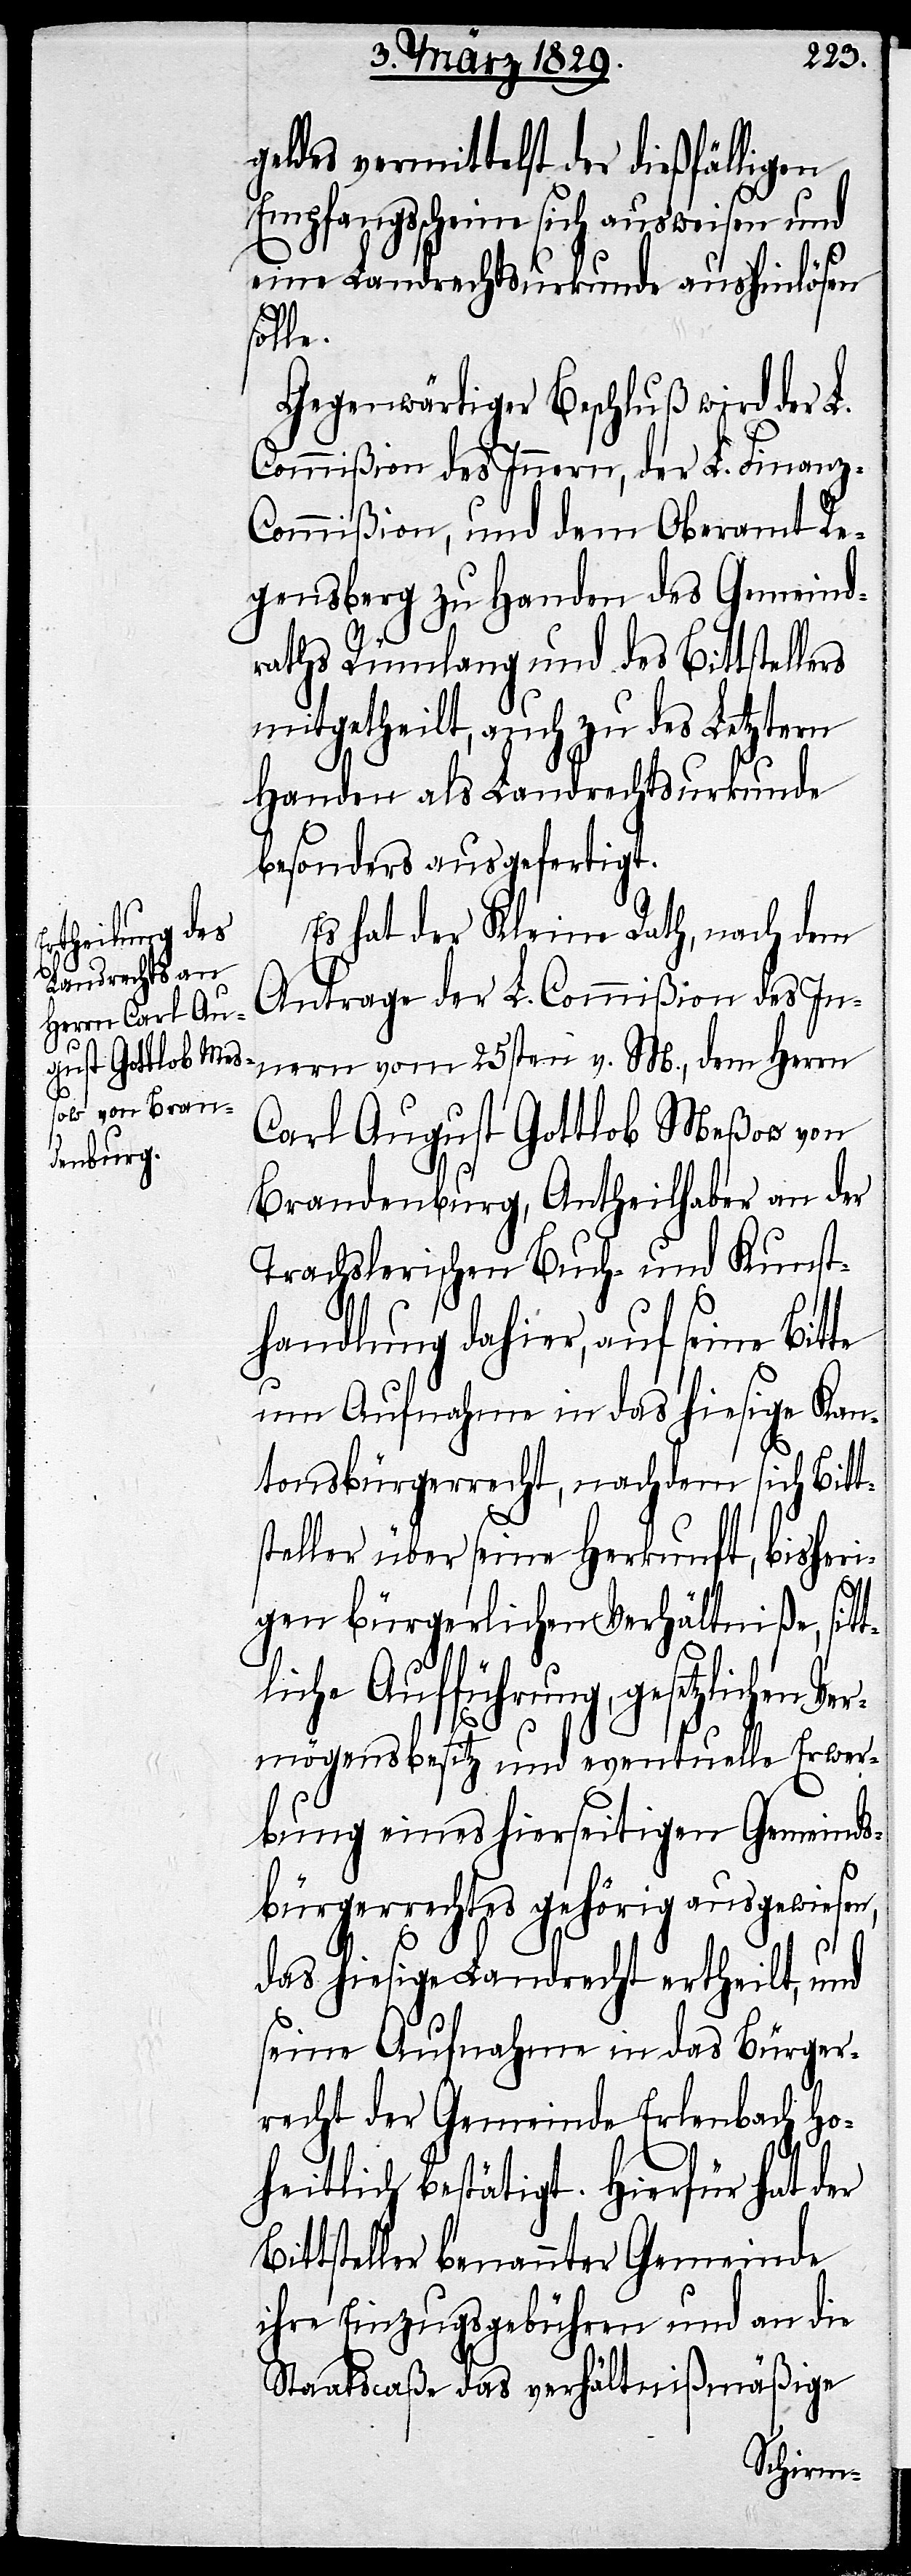
geldes vermittelst der dießfälligen
Empfangsscheine sich ausweisen und
eine Landrechtsurkunde aushinlösen
tl¬
Gegenwärtiger Beschluß wird der L.
Commißion des Innern, der L. Finan¬
z-Commißion, und dem Oberamt Re¬
gensberg zu Handen des Gemeind¬
raths Rümlang und des Bittstellers
mitgetheilt, auch zu des Letztern
Handen als Landrechtsurkunde
besonders ausgefertigt.
Es hat der Kleine Rath, nach dem
Antrage der L. Commißion des In¬
nern vom 25sten v. M., dem Herrn
Carl August Gottlob Meßow von
Brandenburg, Antheilhaber an der
Trachslerischen Buch- und Kunst¬
handlung dahier, auf seine
um Aufnahme in das hiesige Kan¬
tonsbürgerrecht, nachdem sich Bitt¬
steller über seine Herkunft, bisheri¬
gen bürgerlichen Verhältniße, sit¬
iche Aufführung, gesetzlichen
Vermögensbesitz und eventuelle Erwer¬
bung eines hierseitigen Gemeinds¬
bürgerrechts gehörig ausgewiesen,
das hiesige Landrecht ertheilt, und
seine Aufnahme in das Bürger¬
recht der Gemeinde Erlenbach ho¬
heitlich bestätigt. Hierfür hat der
Bittsteller benannter Gemeinde
ihre Einzugsgebühren und an die
Staatscaße das verhältnißmäßige